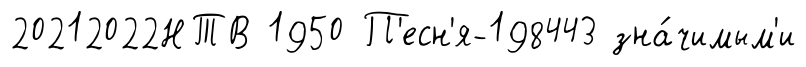
20212022НТВ 1950 П'есн'я-198443 зна́чимым'и